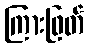
ကြားဖြတ်